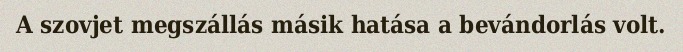
A szovjet megszállás másik hatása a bevándorlás volt.